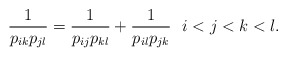
\begin{gather*} {1 \over p_{ik} p_{jl}}={1 \over p_{ij} p_{kl}}+{1 \over p_{il} p_{jk}} \ \ i < j < k < l.\end{gather*}